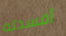
أفسدته